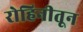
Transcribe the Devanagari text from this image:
रोहिनीतून